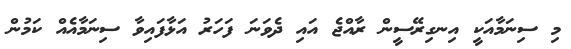
މި ސިނަމާއަކީ އިނގިރޭސީން ރާއްޖެ އައި ދެވަނަ ފަހަރު އަޅާފައިވާ ސިނަމާއެއް ކަމުން